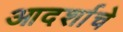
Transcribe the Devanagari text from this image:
आदर्शाचे